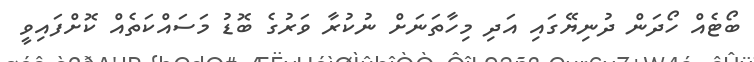
ބޯޓެއް ހޯދަން ދުނިޔޭގައި އަދި މިހާތަނަށް ނުކުރާ ވަރުގެ ބޮޑު މަސައްކަތެއް ކޮށްފައިވީ